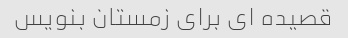
قصیده ای برای زمستان بنویس